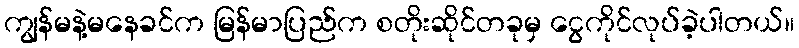
ကျွန်မနဲ့မနေခင်က မြန်မာပြည်က စတိုးဆိုင်တခုမှ ငွေကိုင်လုပ်ခဲ့ပါတယ်။